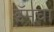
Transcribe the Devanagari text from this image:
डॅमचा